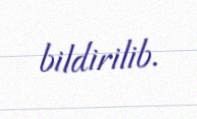
bildirilib.